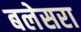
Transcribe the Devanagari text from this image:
बलेसरा